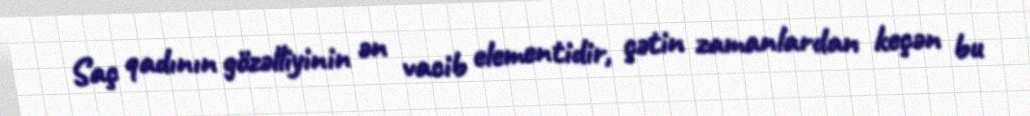
Saç qadının gözəlliyinin ən vacib elementidir, çətin zamanlardan keçən bu